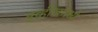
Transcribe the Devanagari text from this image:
मूव्हीजमध्ये